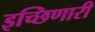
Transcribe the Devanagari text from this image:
इच्छिणारी